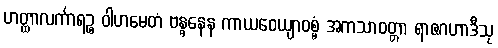
ဟတ္ထာလင်္ကာရဉ္စ ဝါဟမေတံ ဗန္ဓနေန ကာယဝေယျာဝစ္စံ အကသာဝတ္တာ ရာဇဂဟာဒီသု